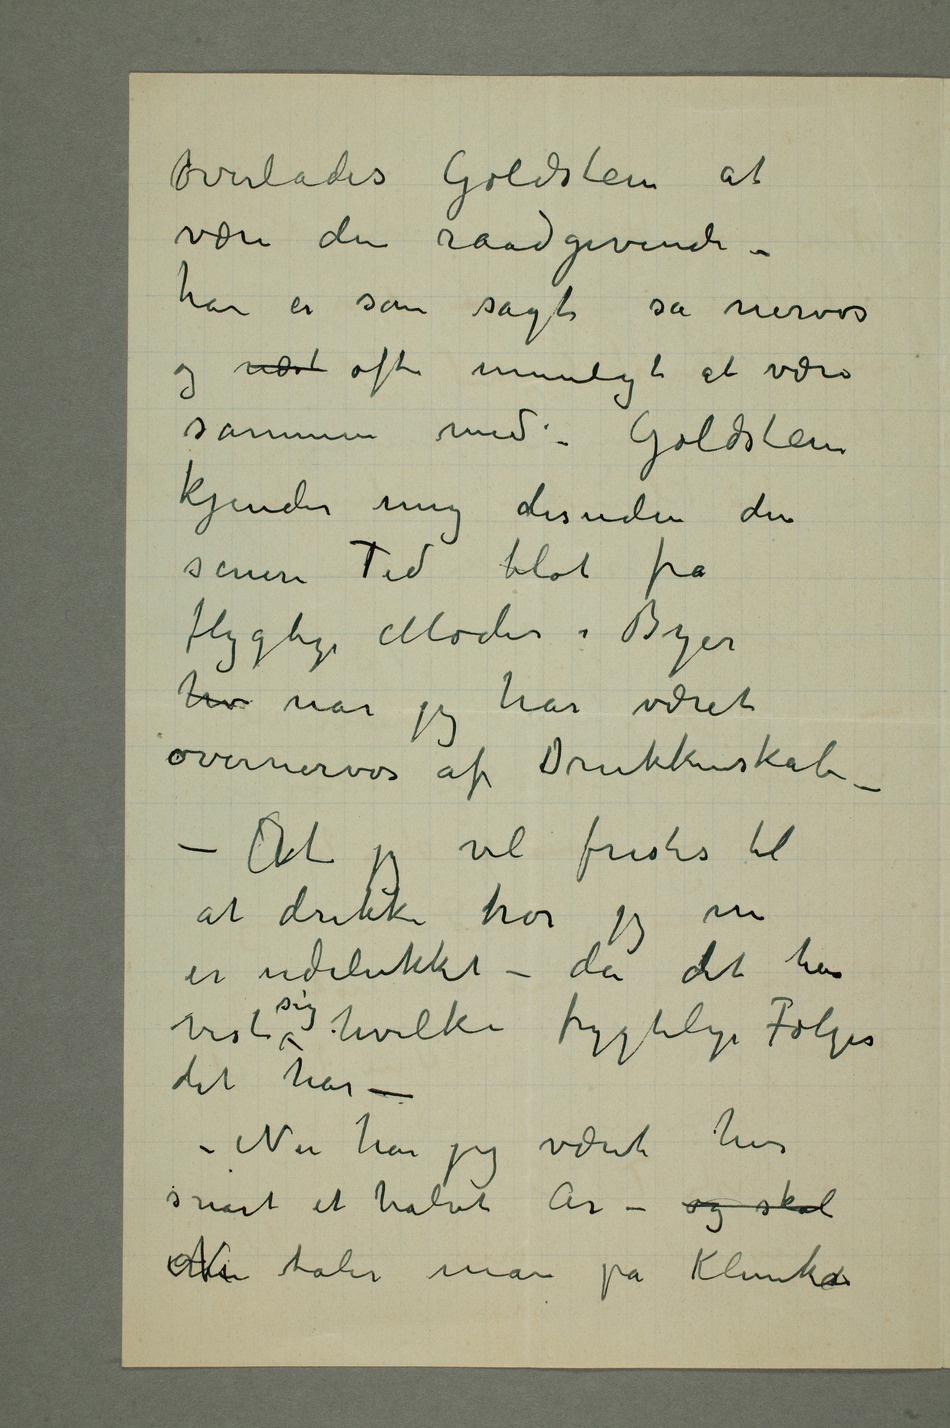
overlades Goldstein at
være den raadgivende –
han er som sagt så nervøs
og næst ofte umuligt at være
sammen med – Goldstein
kjender mig desuden den
senere Tid blot fra
flygtige Møder i Byer
hv når jeg har været
overnervøs af Drukkenskab –
– At jeg vil fristes til
at drikke tror jeg nu
er udelukket – da det har
vist sig hvilke frygtelige Følger
det har –
– Nu har jeg været her
snart et halvt År – og skal
Nu taler man på Kliniken